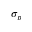
\sigma _ { p }